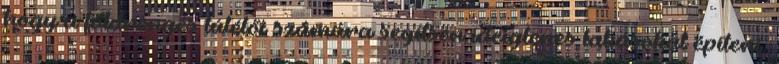
hogy a földrengés túlélői számára segítsen ideiglenes lakásokat építeni.